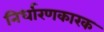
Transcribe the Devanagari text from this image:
निर्धारणकारक